Civil Veterinary Dept. Bombay admin report 1932-41 - 1932-1941
Year: 1932
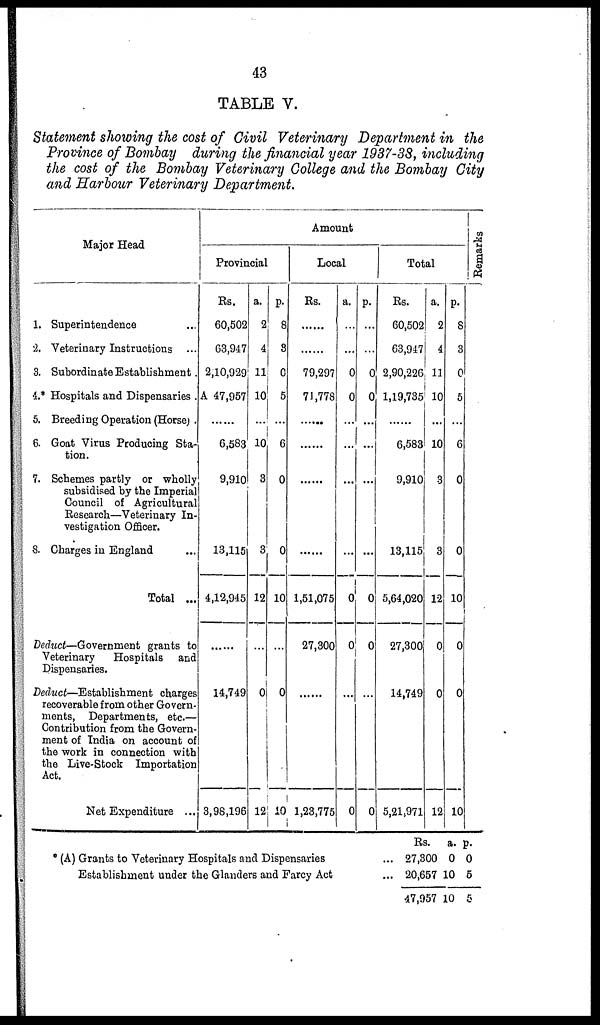
43
TABLE V.
Statement showing the cost of Civil Veterinary Department in the
Province of Bombay during the financial year 1937-38, including
the cost of the Bombay Veterinary College and the Bombay City
and Harbour Veterinary Department.
Major Head
1. Superintendence ...
2. Veterinary Instructions ...
3. Subordinate Establishment .
4.* Hospitals and Dispensaries .
5. Breeding Operation (Horse) .
6. Goat Virus Producing Sta-
tion.
7. Schemes partly or wholly
subsidised by the Imperial
Council of Agricultural
Research—Veterinary In-
vestigation Officer.
8. Charges in England ...
Total ...
Deduct—Government grants to
Veterinary
Hospitals and
Dispensaries.
Deduct—Establishment charges
recoverable from other Govern-
ments, Departments, etc.—
Contribution from the Govern-
ment of India on account of
the work in connection with
the Live-Stock Importation
Act.
Net Expenditure ...
Amount
Provincial
Rs.
60,502
63,947
2,10,929
A 47,957
......
6,583
9,910
13,115
4,12,945
......
14,749
3,98,196
a.
2
4
11
10
...
10
3
3
12
...
0
12
p.
8
3
0
5
...
6
0
0
10
...
0
10
Local
Rs.
......
......
79,297
71,778
......
......
......
......
1,51,075
27,300
......
1,23,775
a.
...
...
0
0
...
...
...
...
0
0
...
0
p.
...
...
0
0
...
...
...
...
0
0
...
0
Total
Rs.
60,502
63,947
2,90,226
1,19,735
......
6,583
9,910
13,115
5,64,020
27,300
14,749
5,21,971
a.
2
4
11
10
...
10
3
3
12
0
0
12
p.
8
3
0
5
...
6
0
0
10
0
0
10
Remarks
* (A) Grants to Veterinary Hospitals and Dispensaries ...
Establishment under the Glanders and Farcy Act ...
Rs.
27,300
20,657
47,957
a.
0
10
10
p.
0
5
5